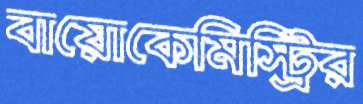
বায়োকেমিস্ট্রির